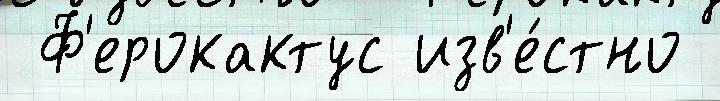
 Ф'ерокактус изв'е́стно